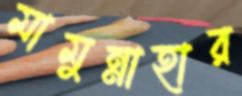
মামুন্নাহার